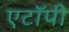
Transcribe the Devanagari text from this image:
एटॉपी